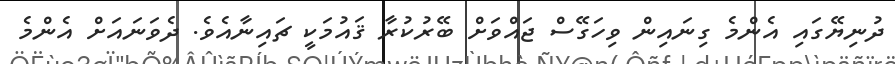
ދުނިޔޭގައި އެންމެ ގިނައިން ވިހަގޭސް ޖައްވަށް ބޭރުކުރާ ޤައުމަކީ ޗައިނާއެވެ. ދެވަނައަށް އެންމެ